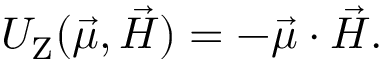
U _ { \mathrm { Z } } ( \vec { \mu } , \vec { H } ) = - \vec { \mu } \cdot \vec { H } .